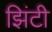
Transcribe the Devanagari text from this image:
झिंटी